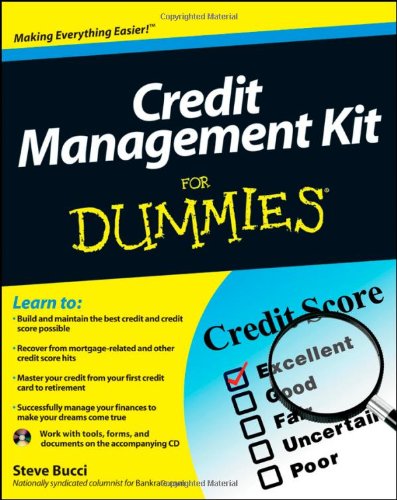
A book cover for Credit Management Kit For Dummies; Stephen R. Bucci; Business & Money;